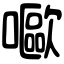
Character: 𡂿